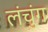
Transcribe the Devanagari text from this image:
लंचुंग